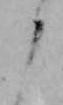
よ